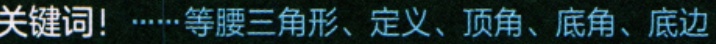
关键词！……等腰三角形、定义、顶角、底角、底边